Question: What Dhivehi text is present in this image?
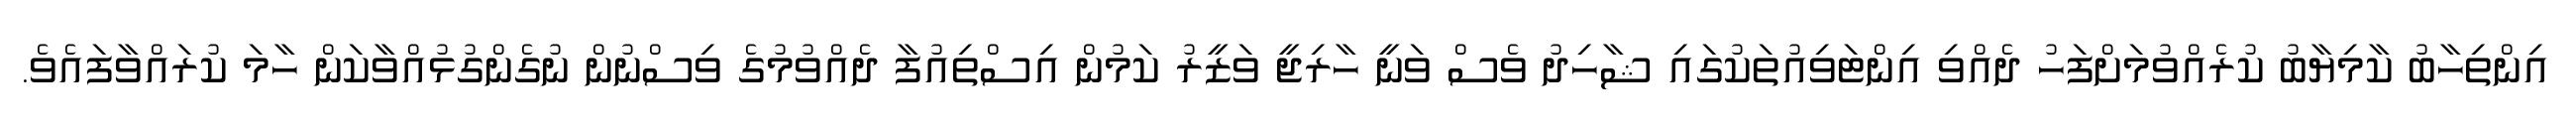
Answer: އިންތިހާބު ކާމިޔާބު ކުރެއްވުމަށްފަހު ދެއްވި އިންޓަވިއުތަކުގައި ޝާހިދު ވެސް ވަނީ ހާރިޖީ ވަޒީރު ކަމުން އިސްތިއުފާ ދެއްވުމުގެ ވިސްނުން ނުގެންގުޅުއްވާކަން ހާމަ ކުރައްވާފައެވެ.